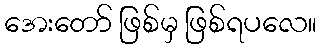
အေးတော် ဖြစ်မှ ဖြစ်ရပလေ။